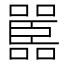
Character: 嚚